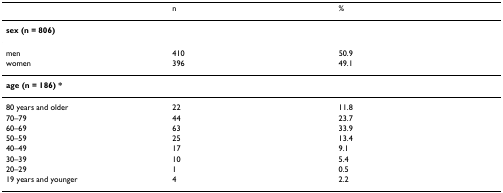
<table><thead><tr><td></td><td><b>n</b></td><td><b>%</b></td></tr></thead><tbody><tr><td><b>sex (n = 806)</b></td><td></td><td></td></tr><tr><td>men</td><td>410</td><td>50.9</td></tr><tr><td>women</td><td>396</td><td>49.1</td></tr><tr><td><b>age (n = 186) *</b></td><td></td><td></td></tr><tr><td>80 years and older</td><td>22</td><td>11.8</td></tr><tr><td>70–79</td><td>44</td><td>23.7</td></tr><tr><td>60–69</td><td>63</td><td>33.9</td></tr><tr><td>50–59</td><td>25</td><td>13.4</td></tr><tr><td>40–49</td><td>17</td><td>9.1</td></tr><tr><td>30–39</td><td>10</td><td>5.4</td></tr><tr><td>20–29</td><td>1</td><td>0.5</td></tr><tr><td>19 years and younger</td><td>4</td><td>2.2</td></tr></tbody></table>